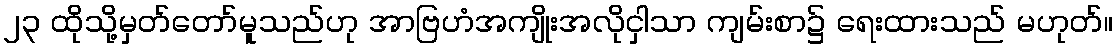
၂၃ ထိုသို့မှတ်တော်မူသည်ဟု အာဗြဟံအကျိုးအလိုငှါသာ ကျမ်းစာ၌ ရေးထားသည် မဟုတ်။